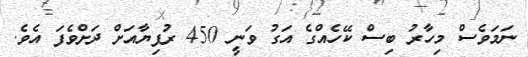
ނަމަވެސް މިހާރު ބިސް ކޭހެއްގެ އަގު ވަނީ 450 ރުފިޔާއަށް ދަށްވެފަ އެވެ.